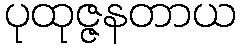
ပုထုဇ္ဇနတာယ